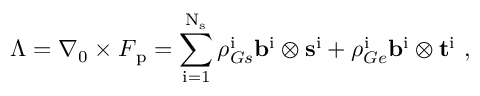
\boldsymbol { \Lambda } = \nabla _ { 0 } \times \boldsymbol { F } _ { \mathrm { p } } = \sum _ { \mathrm { i } = 1 } ^ { \mathrm { N } _ { \mathrm { s } } } \rho _ { G s } ^ { \mathrm { i } } \mathbf { b } ^ { \mathrm { i } } \otimes \mathbf { s } ^ { \mathrm { i } } + \rho _ { G e } ^ { \mathrm { i } } \mathbf { b } ^ { \mathrm { i } } \otimes \mathbf { t } ^ { \mathrm { i } } \mathrm { ~ , ~ }